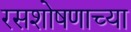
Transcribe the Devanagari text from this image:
रसशोषणाच्या